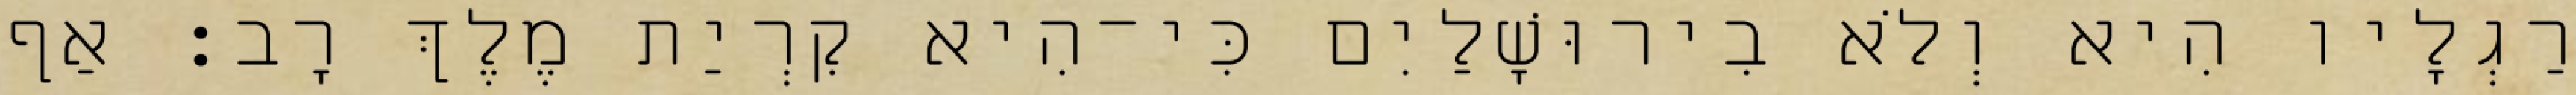
רַגְלָיו הִיא וְלֹא בִירוּשָׁלַיִם כִּי־הִיא קִרְיַת מֶלֶךְ רָב׃ אַף